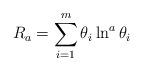
LaTeX: \begin{align*}R_{a}=\sum_{i=1}^{m}\theta_{i}\ln^{a}\theta_{i}\end{align*}